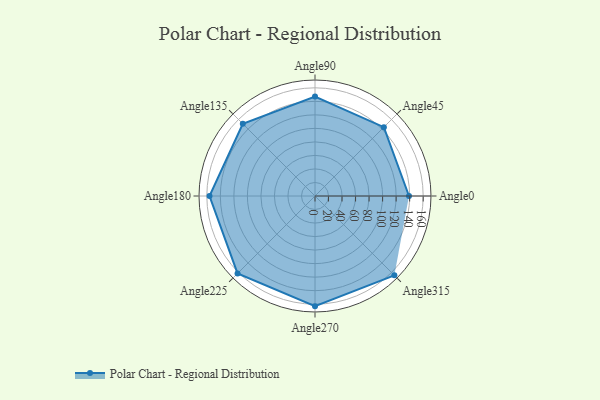
{"axis": {"x": "Angle", "y": "Radius"}, "legend": [""], "data": [{"x": "Angle0", "y": 139.0, "type": ""}, {"x": "Angle45", "y": 144.0, "type": ""}, {"x": "Angle90", "y": 147.0, "type": ""}, {"x": "Angle135", "y": 151.0, "type": ""}, {"x": "Angle180", "y": 156.0, "type": ""}, {"x": "Angle225", "y": 162.0, "type": ""}, {"x": "Angle270", "y": 163.0, "type": ""}, {"x": "Angle315", "y": 166.0, "type": ""}]}